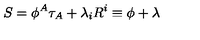
S = \phi ^ { A } \tau _ { A } + \lambda _ { i } R ^ { i } \equiv \phi + \lambda